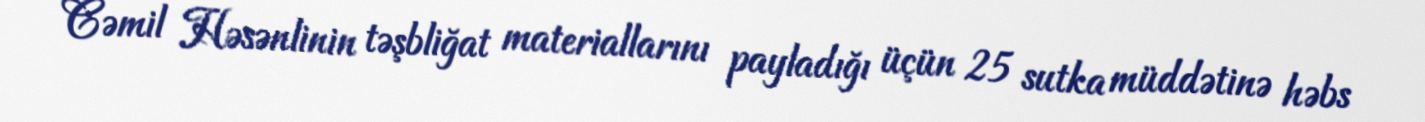
Cəmil Həsənlinin təşbliğat materiallarını payladığı üçün 25 sutka müddətinə həbs